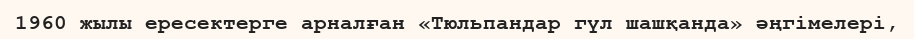
1960 жылы ересектерге арналған «Тюльпандар гүл шашқанда» әңгімелері,